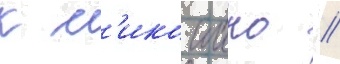
к м'ико иино //